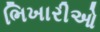
ભિખારીઓ